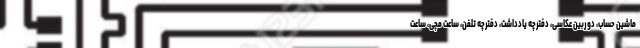
ماشین حساب، دوربین عکاسی، دفترچه یادداشت، دفترچه تلفن، ساعت مچی، ساعت